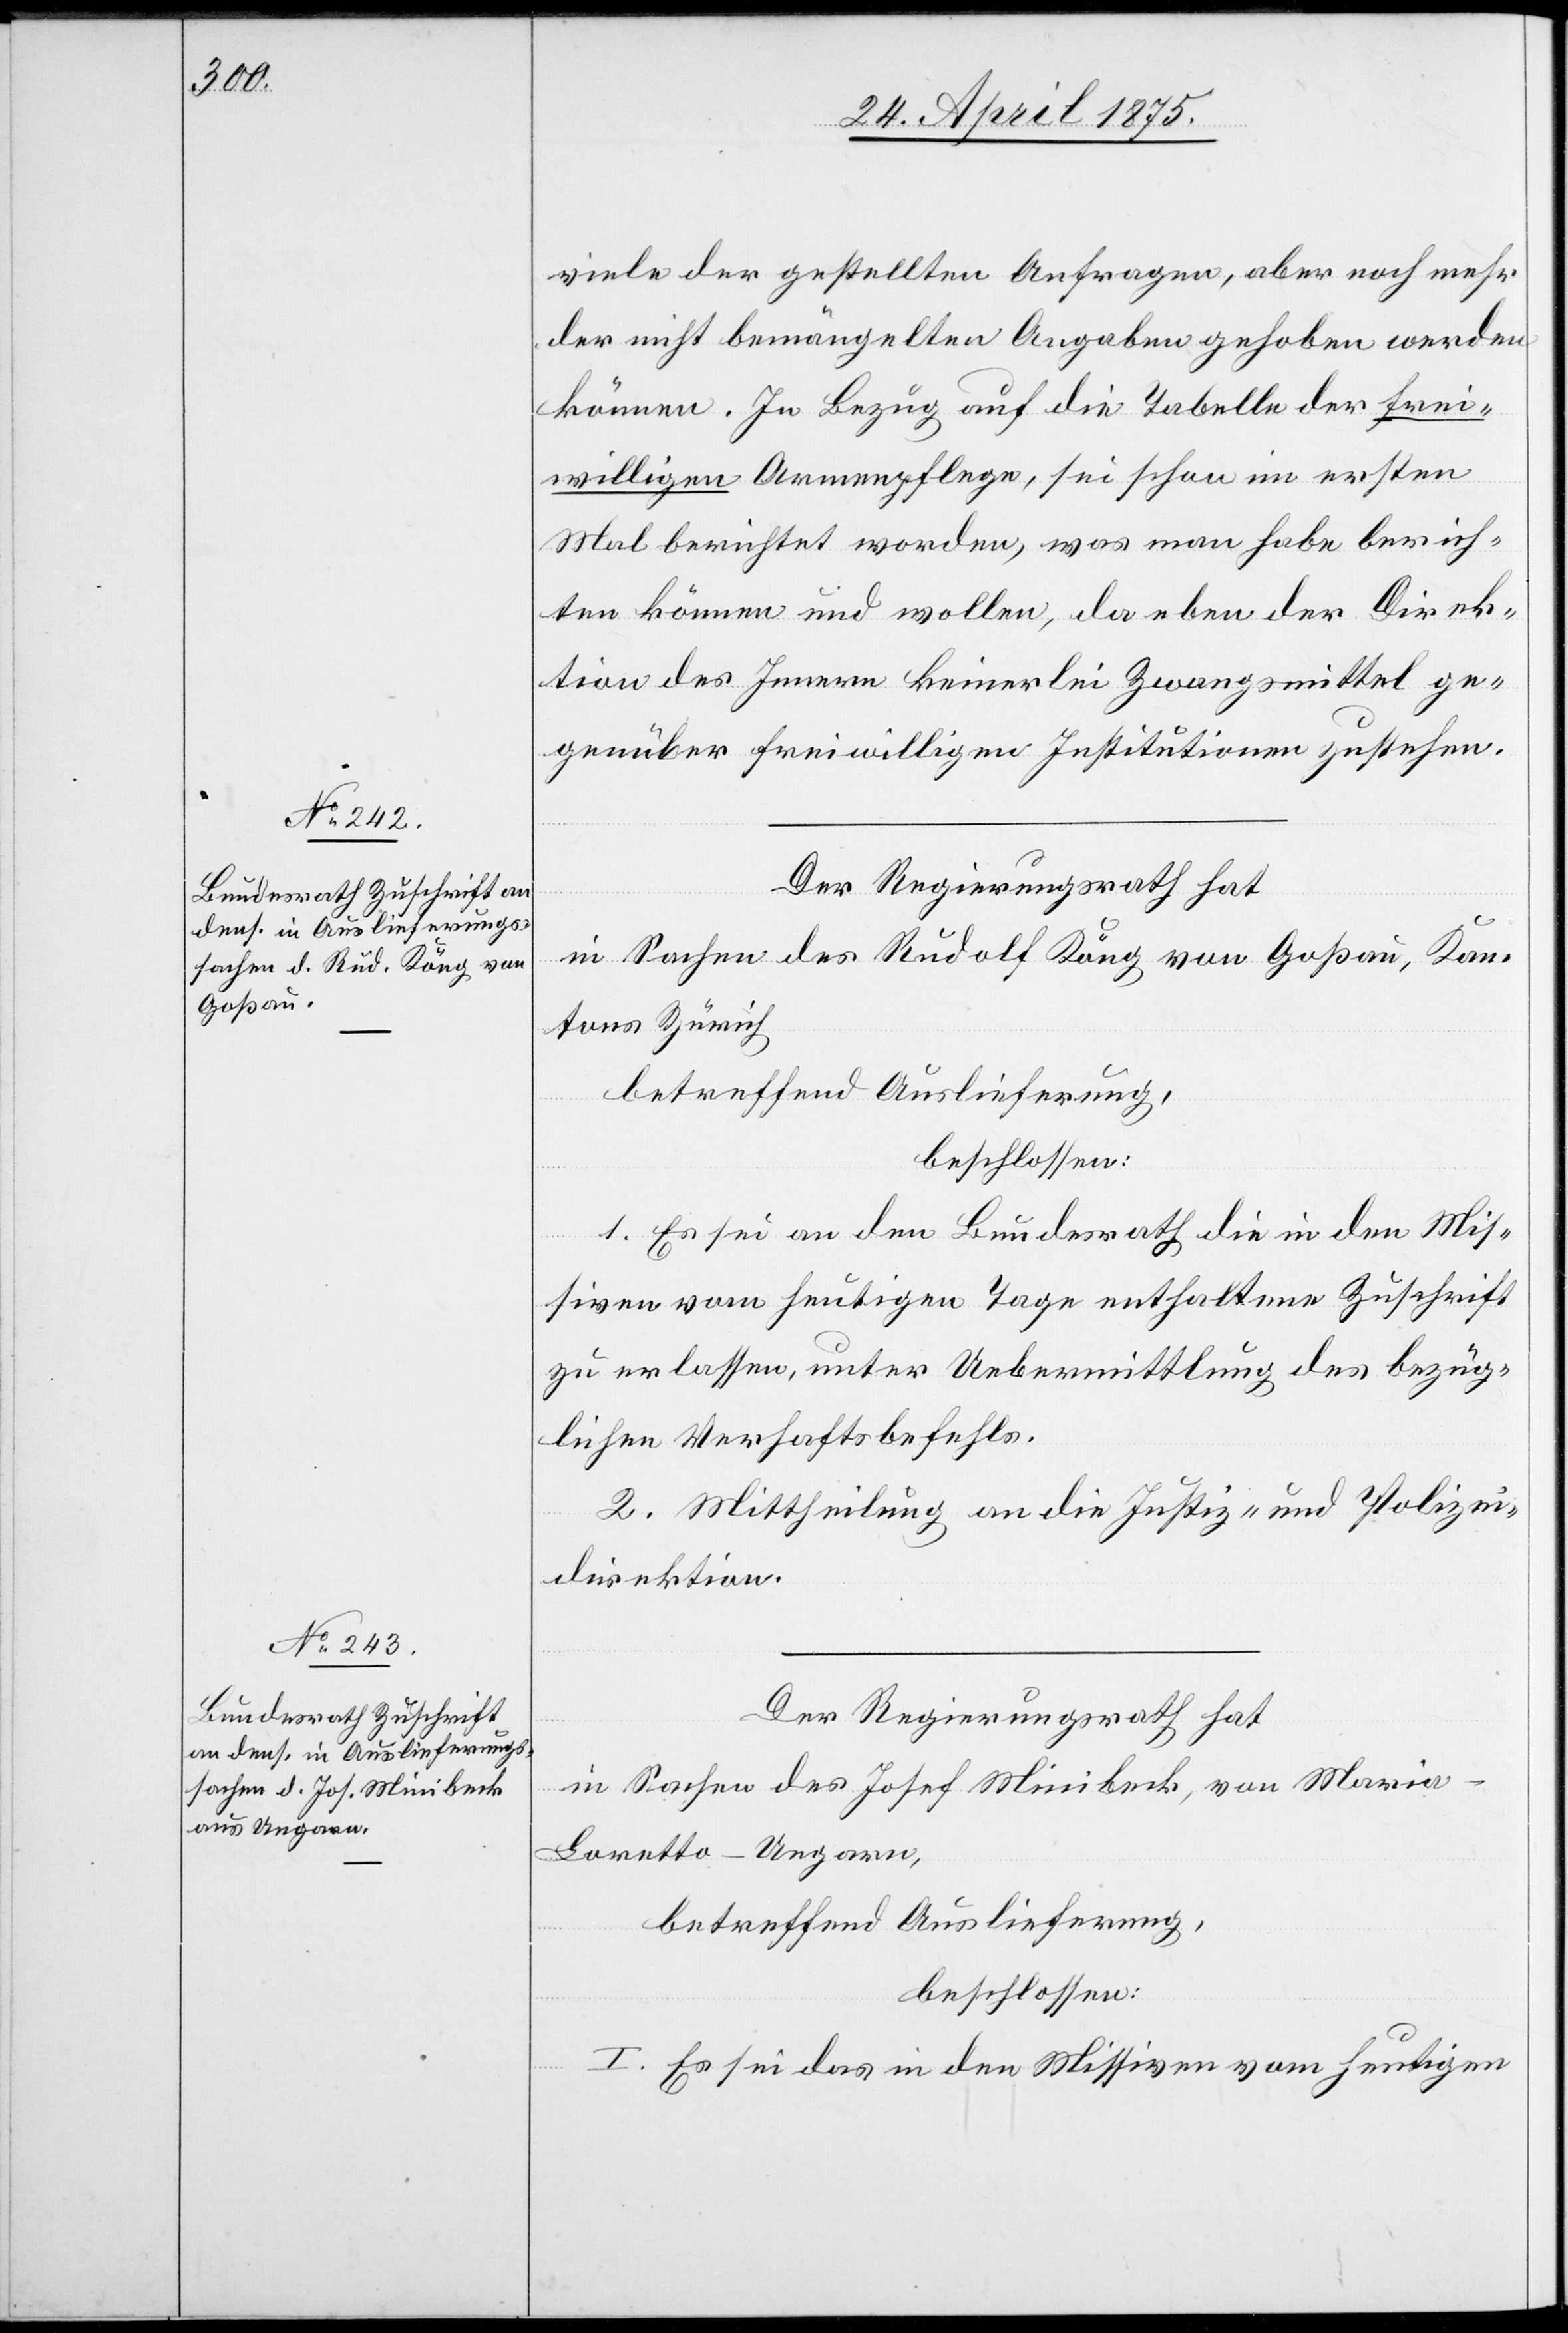
viele der gestellten Anfragen, aber noch mehr
der nicht bemängelten Angaben gehoben werden
können. In Bezug auf die Tabelle der frei¬
willigen Armenpflege, sei schon im ersten
Mal berichtet worden, was man habe berich¬
ten können und wollen, da eben der Direk¬
tion des Innern keinerlei Zwangsmittel ge¬
genüber freiwilligen Institutionen zustehe.
Der Regierungsrath hat
in Sachen des Rudolf Köng von Goßau, Kan¬
tons Zürich,
betreffend Auslieferung,
beschlossen:
1. Es sei an den Bundesrath die in den Mis¬
siven vom heutigen Tage enthaltene Zuschrift
zu erlassen, unter Uebermittlung des bezüg¬
lichen Verhaftsbefehls.
2. Mittheilung an die Justiz- und Polizei¬
direktion.
Der Regierungsrath hat
in Sachen des Josef Minibeck, von Mari¬
a-Loretto – Ungarn,
betreffend Auslieferung,
beschlossen:
I. Es sei das in den Missiven vom heutigen